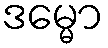
ဒမ္မော